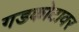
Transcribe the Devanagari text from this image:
गडकोटावर